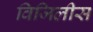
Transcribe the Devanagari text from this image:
विजिलीस